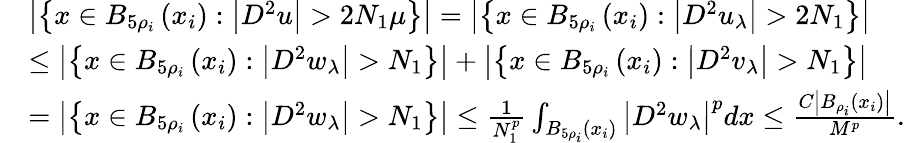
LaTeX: \begin{array}{rl}&{\left|\left\{ x\in B_{5\rho_{i}}\left(x_{i}\right):\left|D^{2}u\right|>2N_{1}\mu\right\} \right|=\left|\left\{ x\in B_{5\rho_{i}}\left(x_{i}\right):\left|D^{2}u_{\lambda}\right|>2N_{1}\right\} \right|}\\ &{\leq\left|\left\{ x\in B_{5\rho_{i}}\left(x_{i}\right):\left|D^{2}w_{\lambda}\right|>N_{1}\right\} \right|+\left|\left\{ x\in B_{5\rho_{i}}\left(x_{i}\right):\left|D^{2}v_{\lambda}\right|>N_{1}\right\} \right|}\\ &{=\left|\left\{ x\in B_{5\rho_{i}}\left(x_{i}\right):\left|D^{2}w_{\lambda}\right|>N_{1}\right\} \right|\leq\frac{1}{N_{1}^{p}}\int_{B_{5\rho_{i}}\left(x_{i}\right)}\left|D^{2}w_{\lambda}\right|^{p}dx\leq\frac{C\left|B_{\rho_{i}}\left(x_{i}\right)\right|}{M^{p}}.}\end{array}